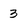
Character: 3